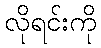
လိုရင်းကို